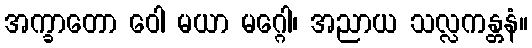
အက္ခာတော ဝေါ မယာ မဂ္ဂေါ၊ အညာယ သလ္လကန္တနံ။